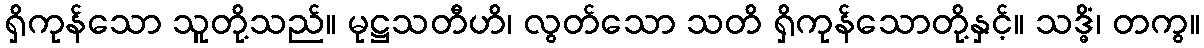
ရှိကုန်သော သူတို့သည်။ မုဋ္ဌသတီဟိ၊ လွတ်သော သတိ ရှိကုန်သောတို့နှင့်။ သဒ္ဓိံ၊ တကွ။